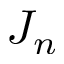
J _ { n }